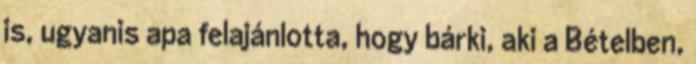
is, ugyanis apa felajánlotta, hogy bárki, aki a Bételben,